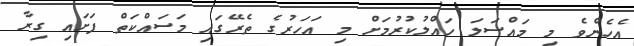
އެހެންވެ މި މައްސަލަ ހައްލުކުރުމަށް މި އަހަރުގެ ތެރޭގައި މަސައްކަތް ފަށައި ގިރާ